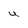
Character: U